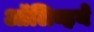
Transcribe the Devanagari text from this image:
ऑलिव्हये